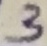
Text: 3